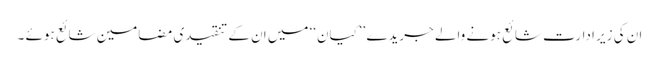
ان کی زیر ادارت شائع ہونے والے جریدے ’’کیان‘‘ میں ان کے تنقیدی مضامین شائع ہوئے ۔